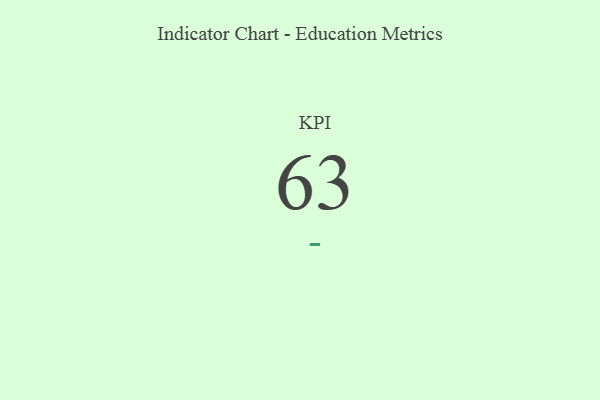
{"axis": {"x": "KPI", "y": "Value"}, "legend": [""], "data": [{"x": "KPI", "y": 63, "type": ""}]}